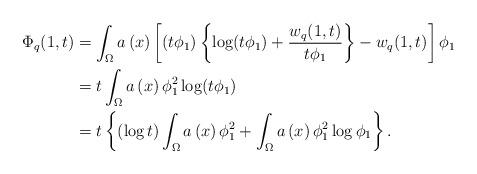
LaTeX: \begin{align*}\Phi_{q}(1,t) & =\int_{\Omega}a\left( x\right) \left[ (t\phi_{1})\left\{\log(t\phi_{1})+\frac{w_{q}(1,t)}{t\phi_{1}}\right\} -w_{q}(1,t)\right]\phi_{1}\\& =t\int_{\Omega}a\left( x\right) \phi_{1}^{2}\log(t\phi_{1})\\& =t\left\{ (\log t)\int_{\Omega}a\left( x\right) \phi_{1}^{2}+\int_{\Omega}a\left( x\right) \phi_{1}^{2}\log\phi_{1}\right\} .\end{align*}